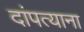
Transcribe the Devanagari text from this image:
दांपत्याना